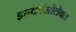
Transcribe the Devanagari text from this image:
इन्कोंसोलेबल